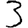
Digit: 3